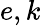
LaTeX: e,k